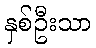
နှစ်ဦးသာ